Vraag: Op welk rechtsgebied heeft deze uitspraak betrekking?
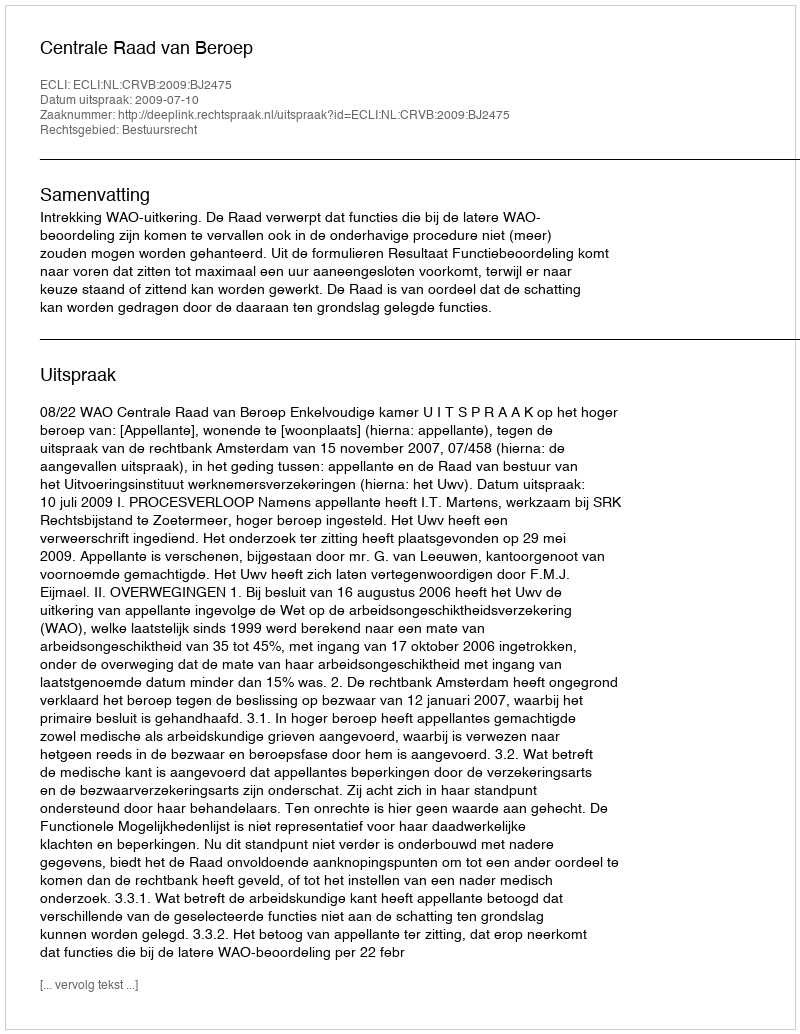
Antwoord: Bestuursrecht